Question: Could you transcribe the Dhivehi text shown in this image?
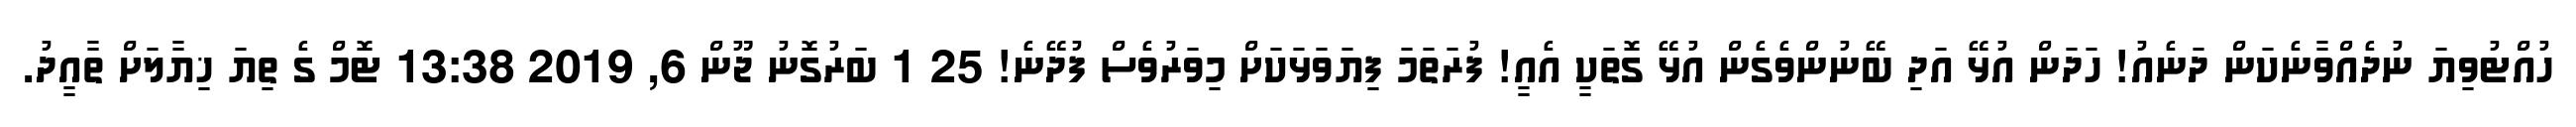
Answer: ހުއްޓުވިޔަ ނުދެއްވާނެކަން ދަނެއު! ހަދަން އުޅޭ އަދި ބޭނުންވެގެން އުޅޭ ގޮތަކީ އެއީ! ފުރަތަމަ ފިޔަވަޅަކަށް މިވަރުވެސް ފުދޭނެ! 25 1 ބަރުގޮނު ޖޫން 6, 2019 13:38 ޓޮމް ގެ ތިޔަ ޚިޔާލަށް ތާއީދު.